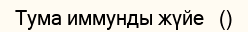
Тума иммунды жүйе   ()